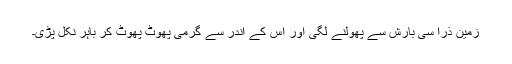
زمین ذرا سی بارش سے پھولنے لگی اور اس کے اندر سے گرمی پھوٹ پھوٹ کر باہر نکل پڑی۔